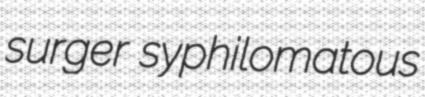
surger syphilomatous